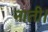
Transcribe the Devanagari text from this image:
नाती।